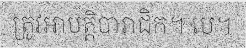
ត្រូវអាបត្តិបារាជិក។ បេ។